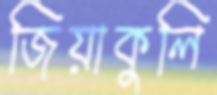
জিয়াকুলি